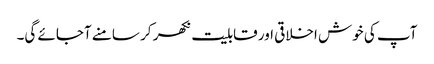
آپ کی خوش اخلاقی اور قابلیت نکھر کر سامنے آجائے گی۔